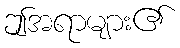
ဤအရာများ၏